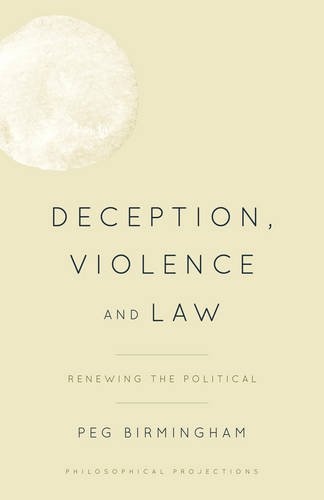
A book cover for Deception, Violence and Law: Renewing the Political (Philosophical Projections); Peg Birmingham; Politics & Social Sciences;